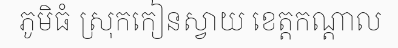
ភូមិធំ ស្រុកកៀនស្វាយ ខេត្តកណ្តាល